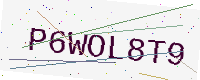
Text: P6WOL8T9